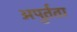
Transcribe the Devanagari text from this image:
अपुर्तता